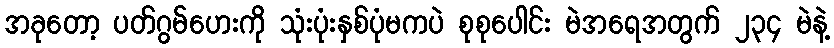
အခုတော့ ပတ်ဂွမ်ဟေးကို သုံးပုံးနှစ်ပုံမကပဲ စုစုပေါင်း မဲအရေအတွက် ၂၃၄ မဲနဲ့